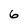
Character: 6